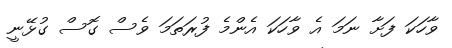
ވާހަކަ ފަށާ ނަމަ އެ ވާހަކަ އެންމެ ފުރަތަމަ ވެސް ގޮސް ގުޅޭނީ